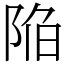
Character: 陥